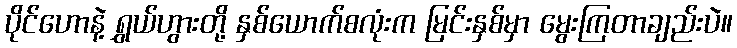
ပိုင်ဟောနဲ့ ရွှယ်ဟွားတို့ နှစ်ယောက်စလုံးက မြင်းနှစ်မှာ မွေးကြတာချည်းပဲ။